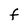
Character: F